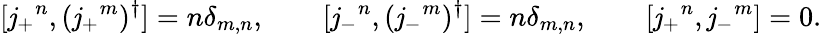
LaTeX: [\mathit{j}_{+}{}^{n},(\mathit{j}_{+}{}^{m})^{\dagger}]=n\delta_{m,n},\qquad[\mathit{j}_{-}{}^{n},(\mathit{j}_{-}{}^{m})^{\dagger}]=n\delta_{m,n},\qquad[\mathit{j}_{+}{}^{n},\mathit{j}_{-}{}^{m}]=0.